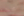
مجمدة